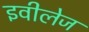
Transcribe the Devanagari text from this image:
इवीलेज